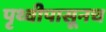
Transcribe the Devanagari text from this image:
पृथ्वीपासूनच